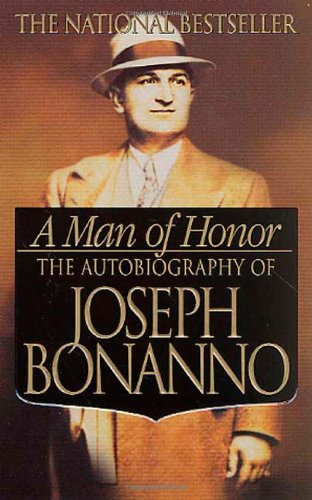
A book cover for A Man of Honor: The Autobiography of Joseph Bonanno; Joseph Bonanno; Biographies & Memoirs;